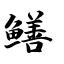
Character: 鳝